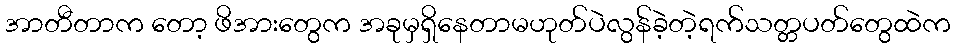
အာတီတာက တော့ ဖိအားတွေက အခုမှရှိနေတာမဟုတ်ပဲလွန်ခဲ့တဲ့ရက်သတ္တပတ်တွေထဲက